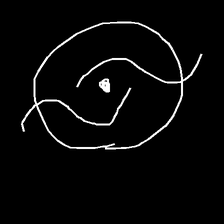
Glyph: repetition